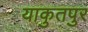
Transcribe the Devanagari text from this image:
याकुतपुर